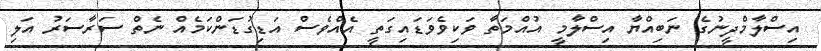
އިސްލާމްދީނުގެ ނަބިއްޔާ އިސްލާމީ އުއްމަތާ ވަކިވެވަޑައިގަތީ އެއްވެސް އަޑިގުޑަންކަމެއް ނެތް ސަރާސަރު އަލި